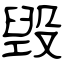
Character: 毁